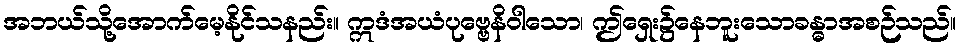
အဘယ်သို့အောက်မေ့နိုင်သနည်း။ ဣဒံအယံပုဗ္ဗေနိဝါသော၊ ဤရှေး၌နေဘူးသောခန္ဓာအစဉ်သည်။